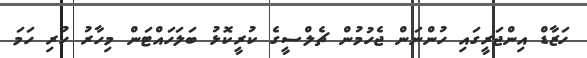
ހަޒާޑް އިންޖަރީގައި ހުންނަން ޖެހުމުން ޗެލްސީގެ ކުރީކޮޅު ބަލަހައްޓަން މިހާރު ހުރި ހަމަ